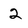
Character: 2